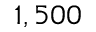
1 , 5 0 0